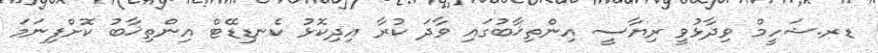
ޑރ.ޝަހީމް ވިދާޅުވީ ރިޔާސީ އިންތިޚާބުގައި ވާދަ ކުރާ އިދިކޮޅު ކެނޑިޑޭޓް އިންތިޚާބު ކޮށްފިނަމަ